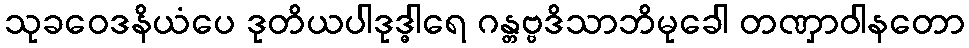
သုခဝေဒနိယံပေ ဒုတိယပါဒုဒ္ဓါရေ ဂန္တဗ္ဗဒိသာဘိမုခေါ တဏှာဝါနတော